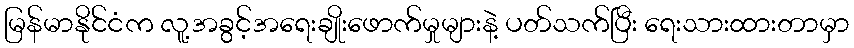
မြန်မာနိုင်ငံက လူ့အခွင့်အရေးချိုးဖောက်မှုများနဲ့ ပတ်သက်ပြီး ရေးသားထားတာမှာ